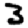
Digit: 3